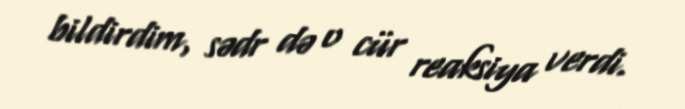
bildirdim, sədr də o cür reaksiya verdi.